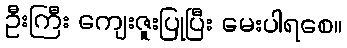
ဦးကြီး ကျေးဇူးပြုပြီး မေးပါရစေ။